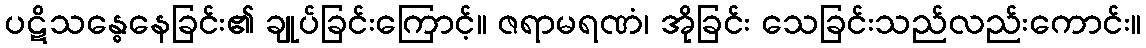
ပဋိသန္ဓေနေခြင်း၏ ချုပ်ခြင်းကြောင့်။ ဇရာမရဏံ၊ အိုခြင်း သေခြင်းသည်လည်းကောင်း။